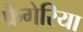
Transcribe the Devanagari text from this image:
फ्रैगेरिया